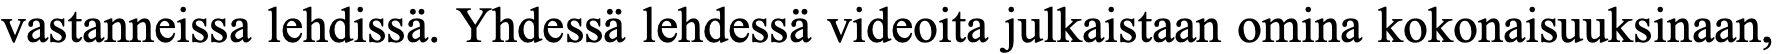
vastanneissa lehdissä. Yhdessä lehdessä videoita julkaistaan omina kokonaisuuksinaan,